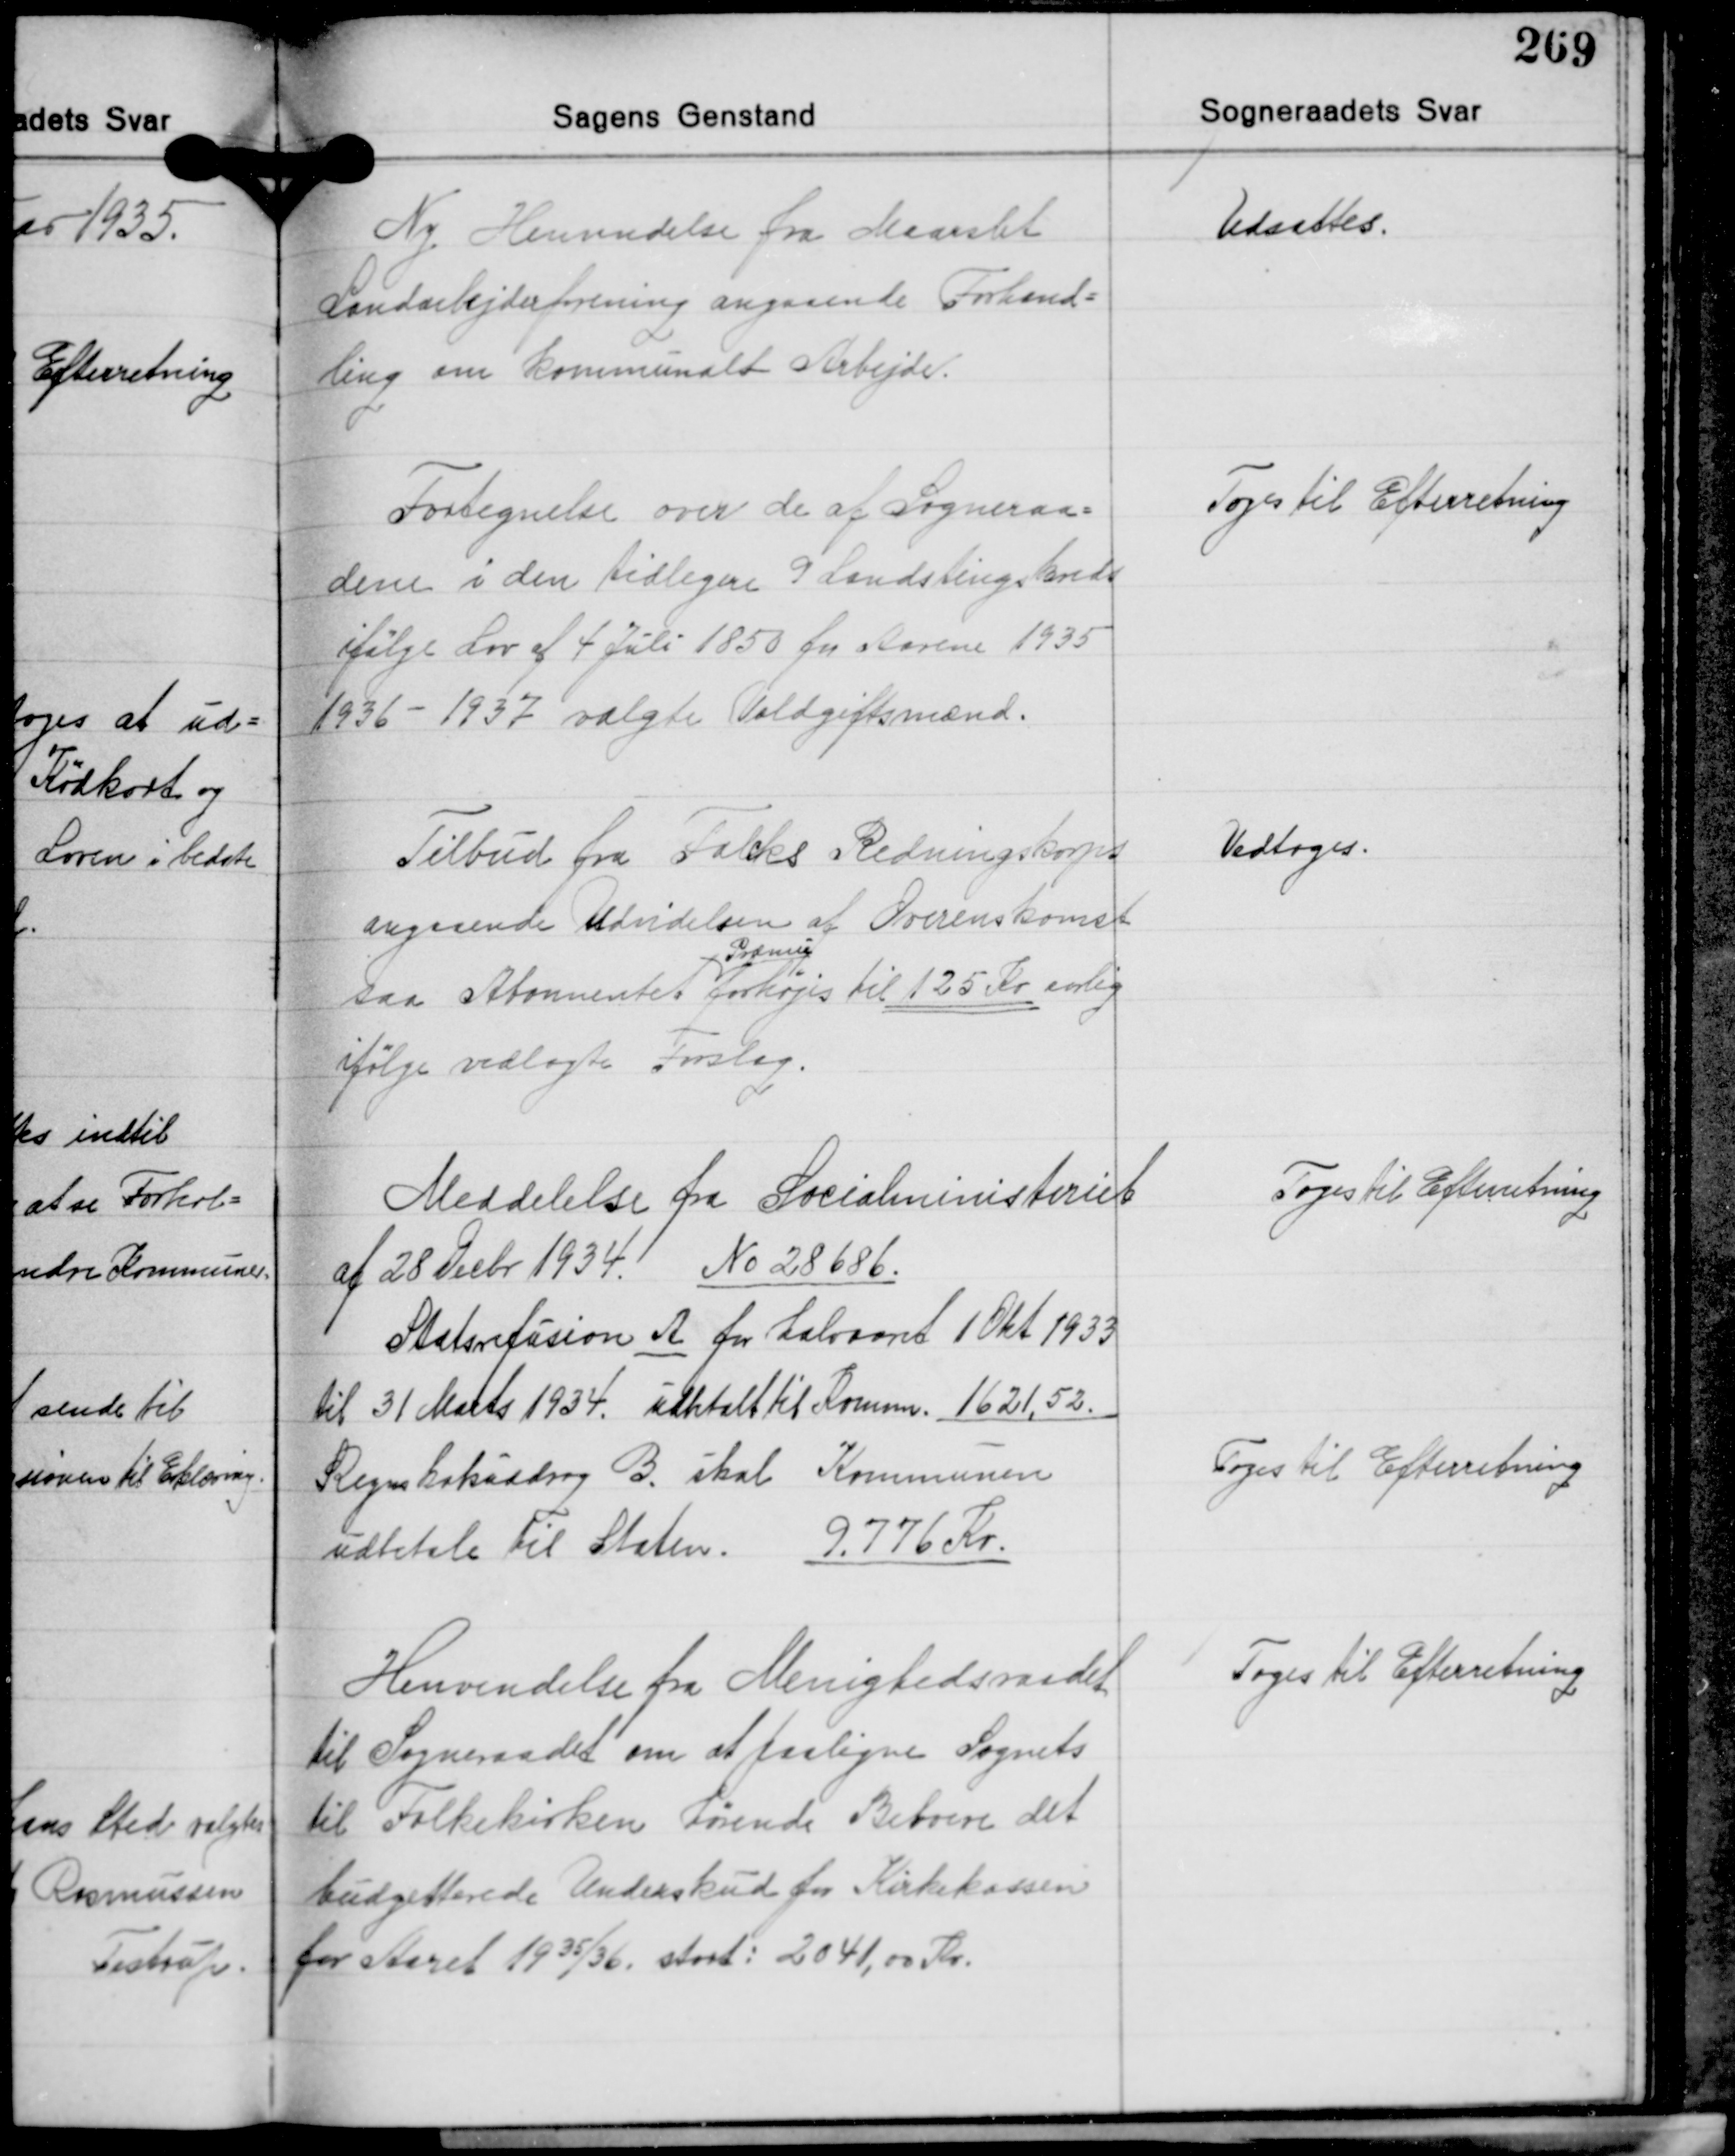
Transskription:
Ny Henvendelse fra Maarslet
Landarbejderforening angaaende Forhand-
ling om kommunalt Arbejde.

Udsættes.

Fortegnelse over de af Sogneraa-
dene i den tidligere 9 Landstingskreds
ifølge Lov af 4 Juli 1850 for Aarene 1935
1936 - 1937 valgte Voldgiftsmænd.

Toges til Efterretning

Tilbud fra Falcks Redningskorps
angaaende Udvidelsen af Overenskomst
Præmie
saa Abonentet forhøjes til 125 Kr. aarlig
ifølge vedlagte Forslag.

Vedtoges.

Meddelelse fra Socialministeriet
af 28 Decbr. 1934. No 28686.
Statsrefusion A for halvaaret 1 Okt. 1933
til 31 Marts 1934 udbtalt til Komm. 1621,52.
Regnskabsuddrag B. skal Kommunen
udbetale til Staten. 9.776 Kr.

Toges Til Efterretning

Toges til Efterretning

Henvendelse fra Menighedsraadet
til Sogneraadet om at paaligne Sognets
til Folkekirken hørende Beboere det
budgetterede Underskud for Kirkekassen
for Aaret 1935/36 stort: 2041,00 Kr.

Toges til Efterretning